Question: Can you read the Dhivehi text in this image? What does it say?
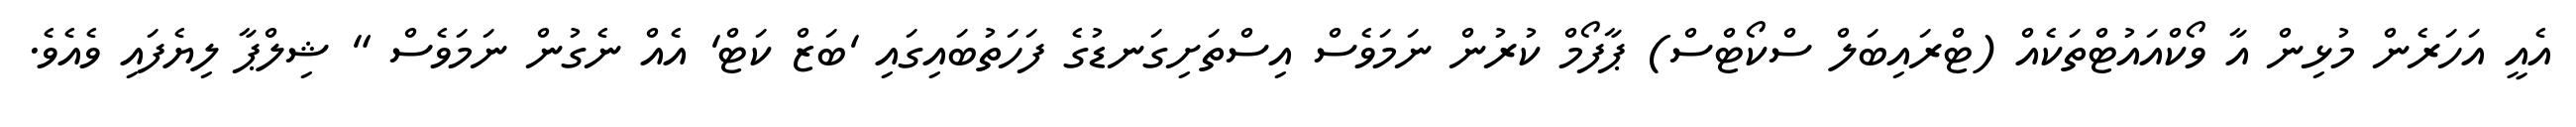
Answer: އެއީ އަހަރެން މުޅިން އާ ވޯކްއައުޓްތަކެއް (ޓްރައިބަލް ސްކޯޓްސް) ޕާފޯމް ކުރުން ނަމަވެސް އިސްތަށިގަނޑުގެ ފަހަތުބައިގައި 'ބަޒް ކަޓް' އެއް ނެގުން ނަމަވެސް " ޝިލްޕާ ލިޔެފައި ވެއެވެ.